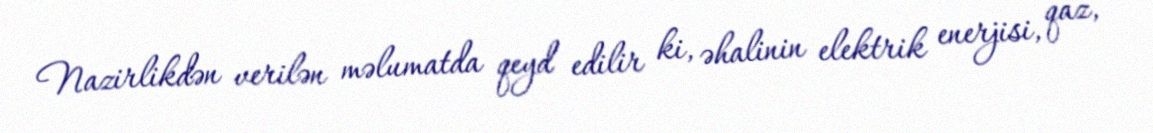
Nazirlikdən verilən məlumatda qeyd edilir ki, əhalinin elektrik enerjisi, qaz,